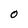
Character: 0